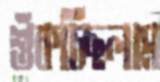
শুঁকচ্ছিলাম